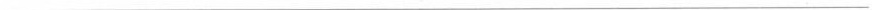
___